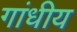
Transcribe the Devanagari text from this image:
गांधीय